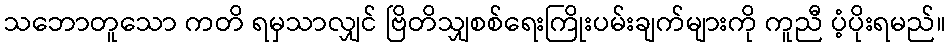
သဘောတူသော ကတိ ရမှသာလျှင် ဗြိတိသျှစစ်ရေးကြိုးပမ်းချက်များကို ကူညီ ပံ့ပိုးရမည်။